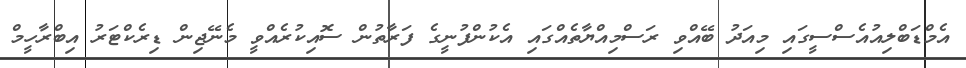
އެމްޑަބްލިއުއެސްސީގައި މިއަދު ބޭއްވި ރަސްމިއްޔާތެއްގައި އެކުންފުނީގެ ފަރާތުން ސޮއިކުރެއްވީ މެނޭޖިން ޑިރެކްޓަރު އިބްރާހީމް